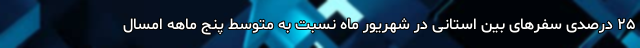
۲۵ درصدی سفرهای بین‌ استانی در شهریور ماه نسبت به متوسط پنج ماهه امسال